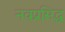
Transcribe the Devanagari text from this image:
नवप्रसिद्ध